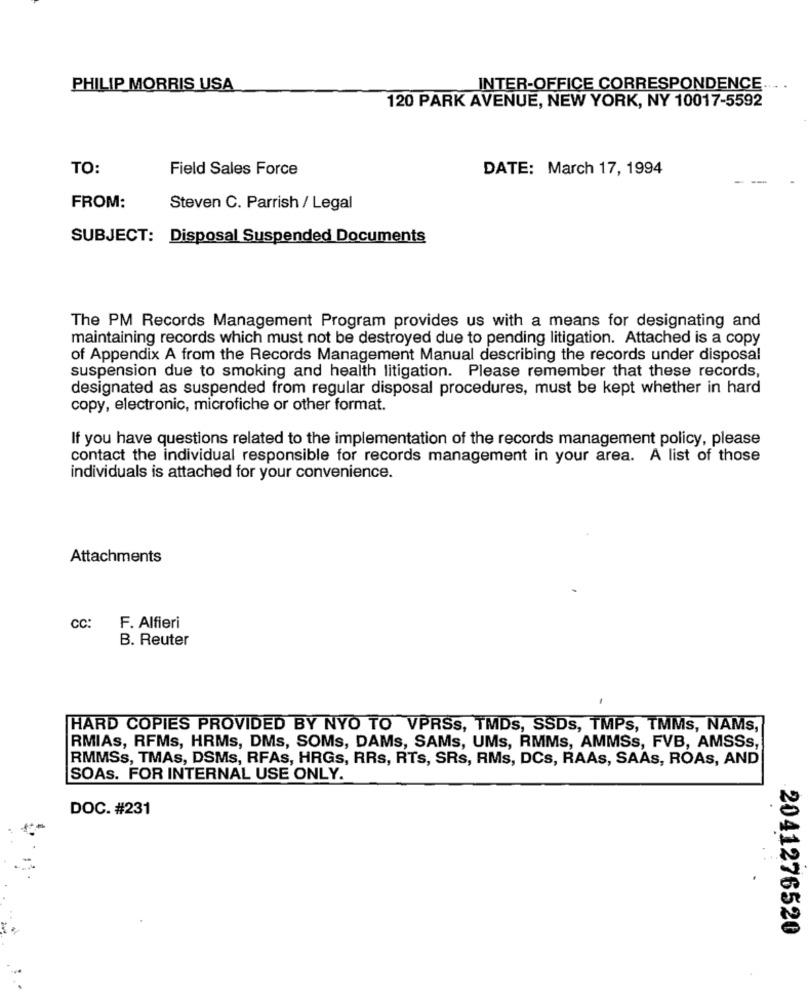
PHILIP MORRIS USA
INTER-OFFICE CORRESPONDENCE
120 PARK AVENUE, NEW YORK, NY 10017-5592
TO:
Field Sales Force
DATE: March 17, 1994
FROM:
Steven C. Parrish / Legal
SUBJECT: Disposal Suspended Documents
The PM Records Management Program provides us with a means for designating and
maintaining records which must not be destroyed due to pending litigation. Attached is a copy
of Appendix A from the Records Management Manual describing the records under disposal
suspension due to smoking and health litigation. Please remember that these records,
designated as suspended from regular disposal procedures, must be kept whether in hard
copy, electronic, microfiche or other format.
If you have questions related to the implementation of the records management policy, please
contact the individual responsible for records management in your area. A list of those
individuals is attached for your convenience.
Attachments
CC:
F. Alfieri
B. Reuter
HARD COPIES PROVIDED BY NYO TO VPRSS, TMDs, SSDs, TMPs, TMMs, NAMs,
RMIAs, RFMs, HRMs, DMs, SOMs, DAMs, SAMs, UMs, RMMs, AMMSs, FVB, AMSSs,
RMMSs, TMAs, DSMs, RFAs, HRGs, RRs, RTs, SRs, RMs, DCs, RAAs, SAAs, ROAs, AND
SOAs. FOR INTERNAL USE ONLY.
DOC. #231
2041276520